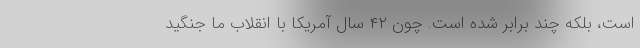
است، بلکه چند برابر شده است. چون ۴۲ سال آمریکا با انقلاب ما جنگید